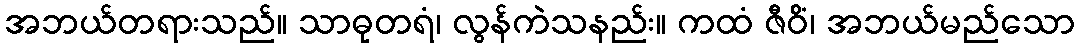
အဘယ်တရားသည်။ သာဓုတရံ၊ လွန်ကဲသနည်း။ ကထံ ဇီဝိံ၊ အဘယ်မည်သော